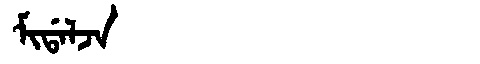
Manchu: ᠮᡳᡩᠠᠯᠵᠠ
Romanization: MIDALJA